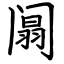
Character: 阘